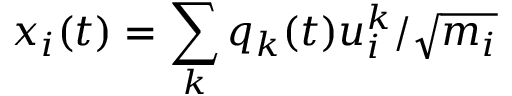
x _ { i } ( t ) = \sum _ { k } q _ { k } ( t ) u _ { i } ^ { k } / \sqrt { m _ { i } }